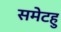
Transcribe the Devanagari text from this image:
समेटहु